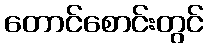
တောင်စောင်းတွင်